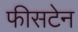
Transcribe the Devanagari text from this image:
फीसटेन